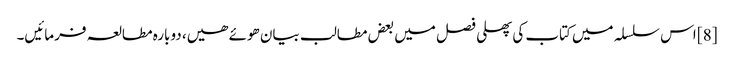
[8] اس سلسلہ میں کتاب کی پھلی فصل میں بعض مطالب بیان ھوئے ھیں، دوبارہ مطالعہ فرمائیں۔